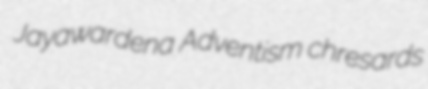
Jayawardena Adventism chresards